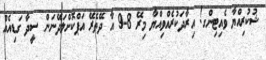
ޝުކުރިއްޔާ ވެއިޓިންގ! އިރާދަކުރެއްވިއްޔާ މިރޭ 8-9 އާ ދޭތެރޭ އަޕްކޮށްލަދޭނަން ސީދާ ގަޑިއެއް